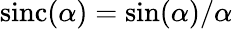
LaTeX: \mathrm{sinc}(\alpha)=\sin(\alpha)/\alpha